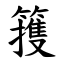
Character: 䉟